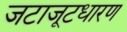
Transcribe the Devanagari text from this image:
जटाजूटधारण